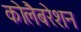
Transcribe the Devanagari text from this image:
कोलैबरेशन